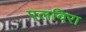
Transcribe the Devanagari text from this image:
एलविरा